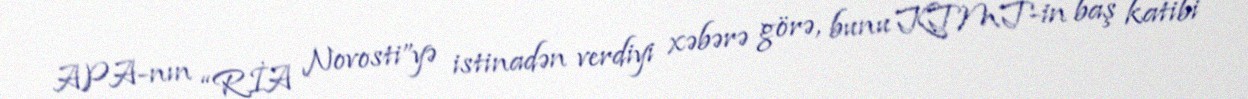
APA-nın “RİA Novosti”yə istinadən verdiyi xəbərə görə, bunu KTMT-in baş katibi